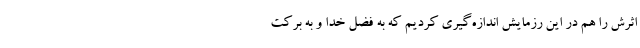
اثرش را هم در این رزمایش اندازه‌گیری کردیم که به فضل خدا و به برکت